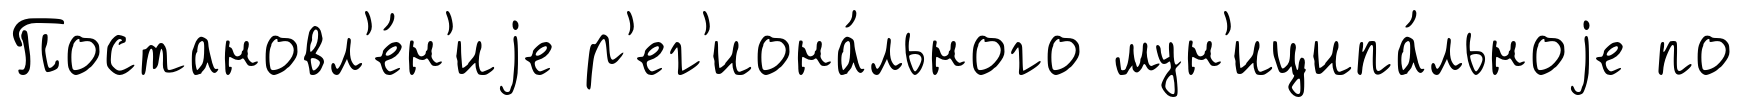
Постановл'е́н'иjе р'ег'иона́льного мун'иципа́льноjе по